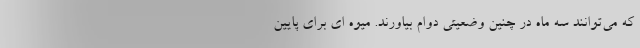
که می‌توانند سه ماه در چنین وضعیتی دوام بیاورند. میوه ای برای پایین